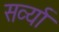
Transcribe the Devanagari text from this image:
सर्व्या